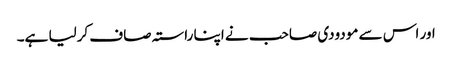
اور اس سے مودودی صاحب نے اپنا راستہ صاف کرلیا ہے۔